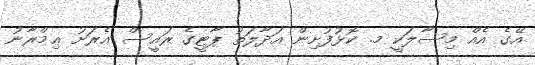
އޭގެ އެއް މިސާލަކީ މ. ކޮޅުފުށިން އަދާލަތު ޕާޓީގެ ރައީސް އެރަށު ޢިމްރާނު